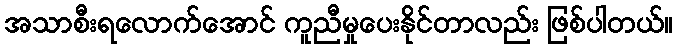
အသာစီးရလောက်အောင် ကူညီမှုပေးနိုင်တာလည်း ဖြစ်ပါတယ်။